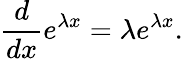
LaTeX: {\frac{d}{dx}}e^{\lambda x}=\lambda e^{\lambda x}.